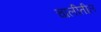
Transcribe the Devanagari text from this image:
चालीतील